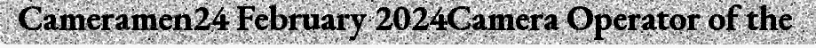
Cameramen24 February 2024Camera Operator of the